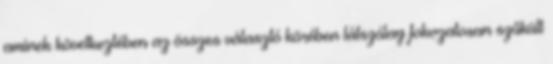
aminek következtében az összes választó körében látszólag fokozatosan szűkült